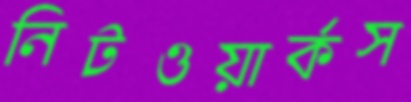
নিটওয়ার্কস